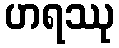
ဟရဿု